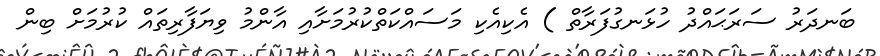
ބަނދަރު ސަރަޙައްދު ހުޅަނގުފަރާތް ) އެކިއެކި މަސައްކަތްކުރުމަށާއި އާންމު ވިޔަފާރިތައް ކުރުމަށް ބިން